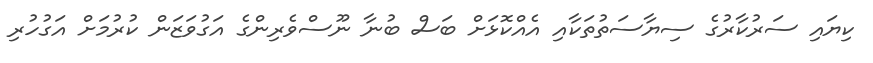
ކިޔައި ސަރުކާރުގެ ސިޔާސަތުތަކާއި އެއްކޮޅަށް ބަސް ބުނާ ނޫސްވެރިންގެ އަގުވަޒަން ކުރުމަށް އަގުހުރި